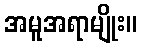
အမူအရာမျိုး။